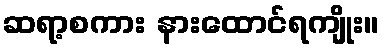
ဆရာ့စကား နားထောင်ရကျိုး။